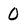
Character: O